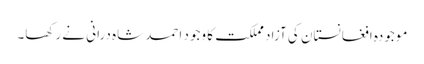
موجودہ افغانستان کی آزاد مملکت کا وجود احمد شاہ درانی نے رکھا۔